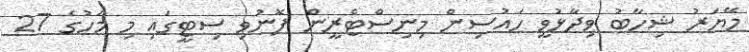
މޭޔަރު ޝިހާބު ވިދާޅުވީ ހައުސިން މިނިސްޓްރީން ފޮނުވި ސިޓީގައި މި މަހުގެ 27